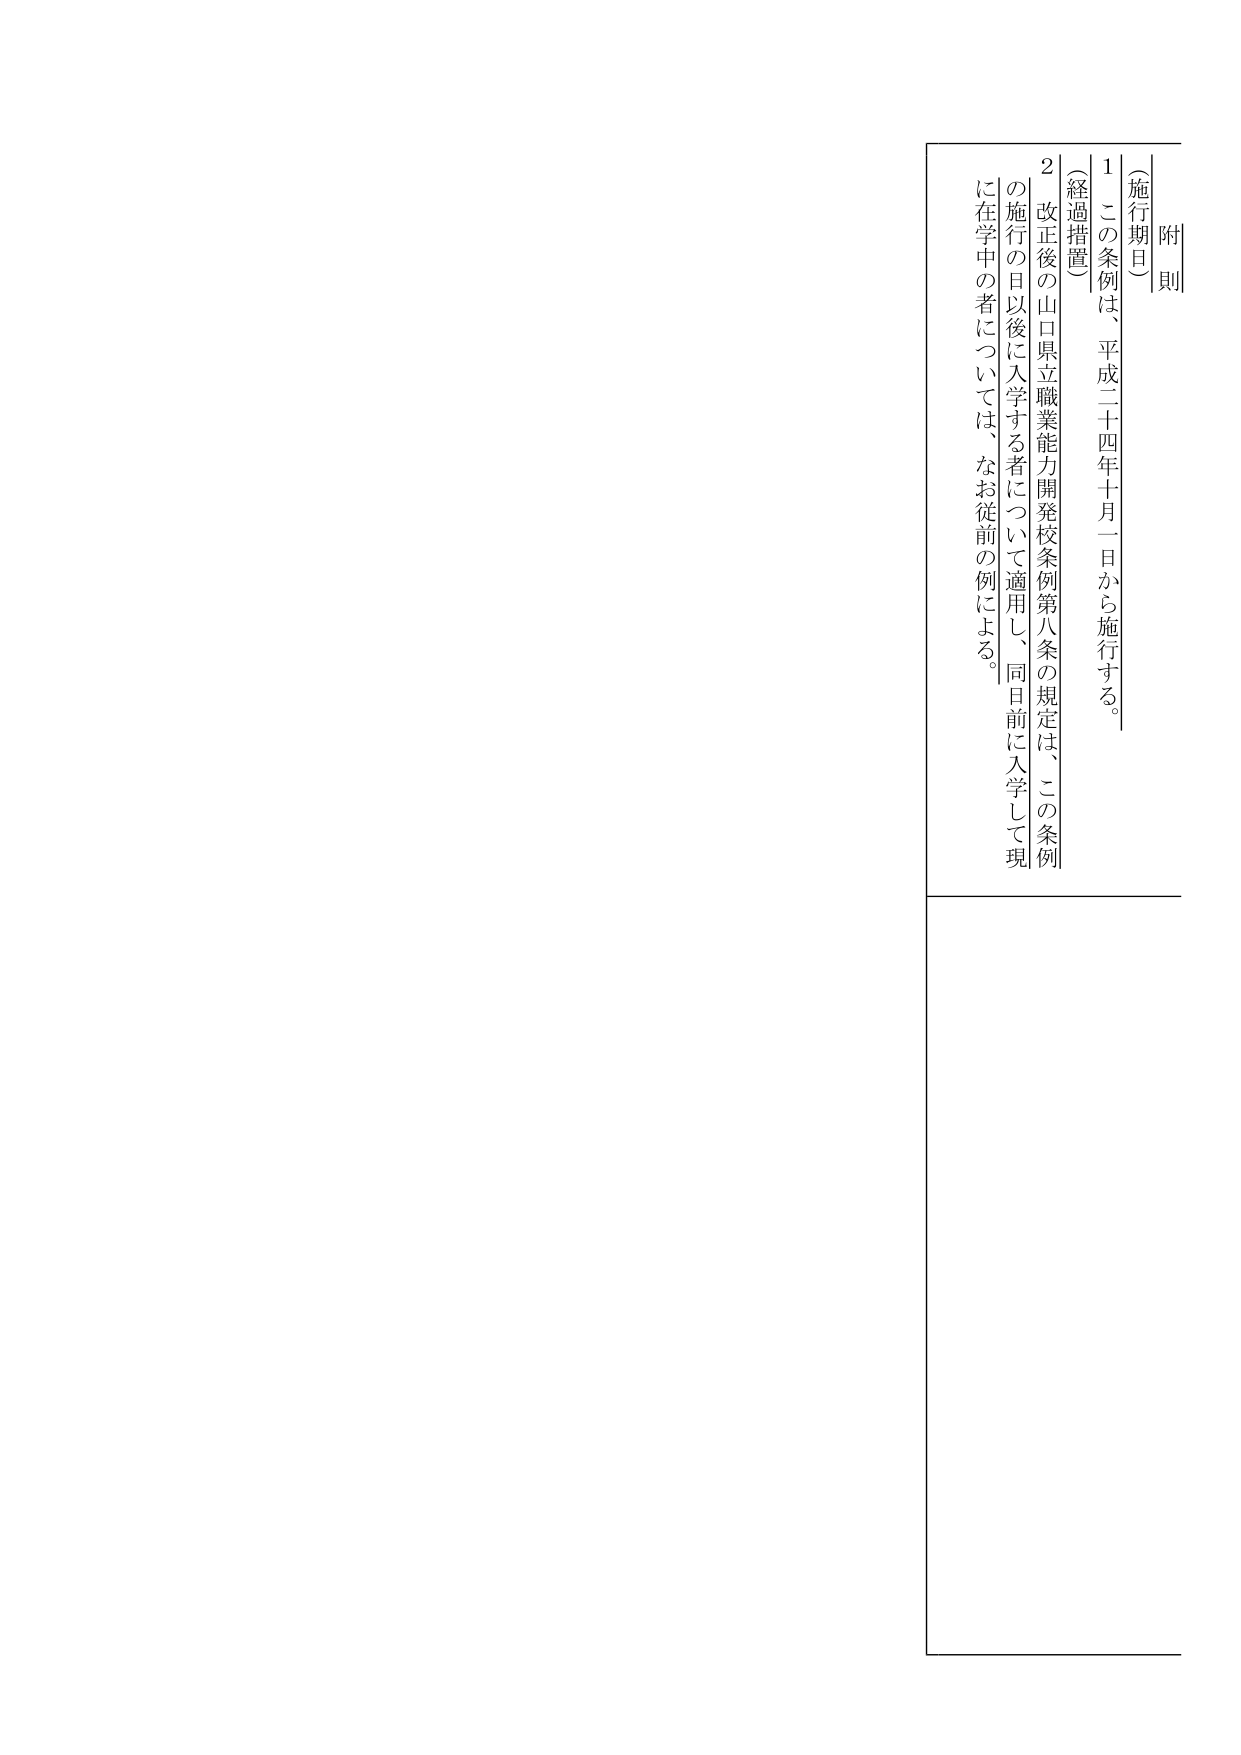
附則

（施行期日）
１ この条例は、平成二十四年十月一日から施行する。

（経過措置）
２ 改正後の山口県立職業能力開発校条例第八条の規定は、この条例の施行の日以後に入学する者について適用し、同日前に入学して現在在学中の者については、なお従前の例による。